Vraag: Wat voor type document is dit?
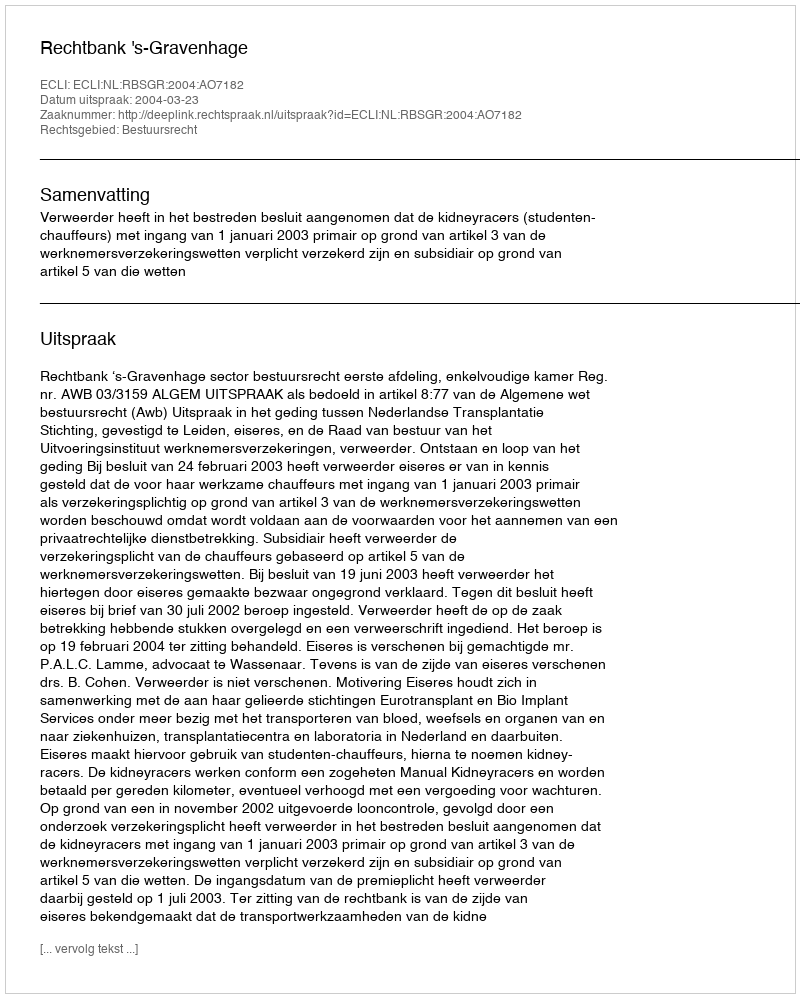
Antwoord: Uitspraak